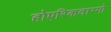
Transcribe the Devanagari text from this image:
होएरिकवाग्गो